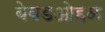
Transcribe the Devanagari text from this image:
बेबडओहळ